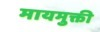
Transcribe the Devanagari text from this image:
मायमुक्ती